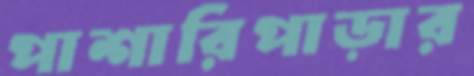
পাশারিপাড়ার